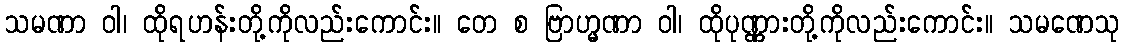
သမဏာ ဝါ၊ ထိုရဟန်းတို့ကိုလည်းကောင်း။ တေ စ ဗြာဟ္မဏာ ဝါ၊ ထိုပုဏ္ဏားတို့ကိုလည်းကောင်း။ သမဏေသု